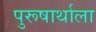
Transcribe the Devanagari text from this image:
पुरूषार्थाला